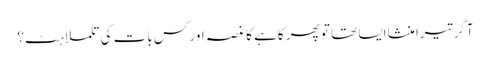
آگر تیرا منشا ایسا تھا تو پھر کاہے کا غصہ اور کس بات کی تلملاہٹ؟